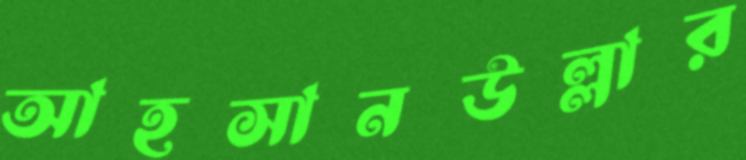
আহসানউল্লার